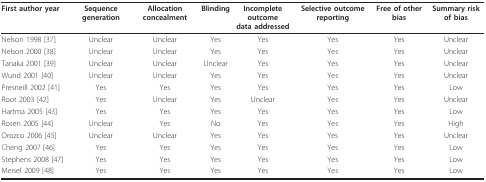
| First author year | Sequence generation | Allocation concealment | Blinding | Incomplete outcome data addressed | Selective outcome reporting | Free of other bias | Summary risk of bias |
 | --- | --- | --- | --- | --- | --- | --- | --- |
 | Nelson 1998 [37] | Unclear | Unclear | Yes | Yes | Yes | Yes | Unclear |
 | Nelson 2000 [38] | Unclear | Unclear | Yes | Yes | Yes | Yes | Unclear |
 | Tanaka 2001 [39] | Unclear | Unclear | Unclear | Yes | Yes | Yes | Unclear |
 | Wund 2001 [40] | Unclear | Unclear | Yes | Yes | Yes | Yes | Unclear |
 | Presneill 2002 [41] | Yes | Yes | Yes | Yes | Yes | Yes | Low |
 | Root 2003 [42] | Yes | Unclear | Yes | Unclear | Yes | Yes | Unclear |
 | Hartma 2005 [43] | Yes | Yes | Yes | Yes | Yes | Yes | Low |
 | Rosen 2005 [44] | Unclear | Yes | No | Yes | Yes | Yes | High |
 | Orozco 2006 [45] | Unclear | Unclear | Yes | Yes | Yes | Yes | Unclear |
 | Cheng 2007 [46] | Yes | Yes | Yes | Yes | Yes | Yes | Low |
 | Stephens 2008 [47] | Yes | Yes | Yes | Yes | Yes | Yes | Low |
 | Meisel 2009 [48] | Yes | Yes | Yes | Yes | Yes | Yes | Low |